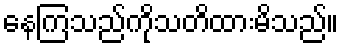
နေကြသည်ကိုသတိထားမိသည်။